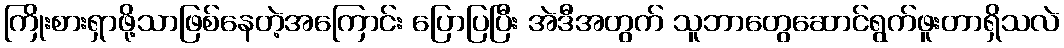
ကြိုးစားရှာဖို့သာဖြစ်နေတဲ့အကြောင်း ပြောပြပြီး အဲဒီအတွက် သူဘာတွေဆောင်ရွက်ဖူးတာရှိသလဲ